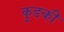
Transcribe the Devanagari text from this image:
कुडकी